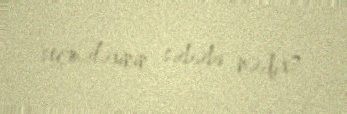
seçmələrinin səbəbi nədir?.